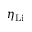
\eta _ { \mathrm { { L i } } }